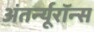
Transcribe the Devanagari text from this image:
अंतर्न्यूरॉन्स